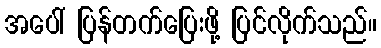
အပေါ် ပြန်တက်ပြေးဖို့ ပြင်လိုက်သည်။